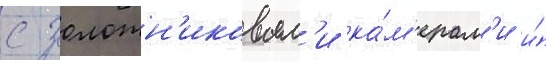
с золотн'иковым'и ка́м'ерам'и и́